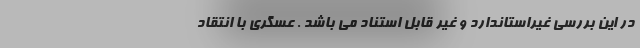
در این بررسی غیراستاندارد و غیر قابل استناد می باشد . عسگری با انتقاد